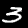
Digit: 3